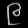
Digit: ၉